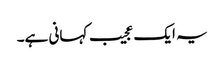
یہ ایک عجیب کہانی ہے۔